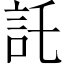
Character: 託